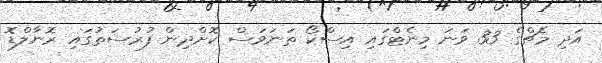
އަދި މެޗްގެ 33 ވަނަ މިނެޓްގައި އިސްކޯ ތަނަވަސް ކޮށްދިން ފުރުސަތުގައި ރޮނާލްޑޮ